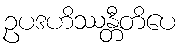
ဥပဒဟိဿန္တီတိပေ